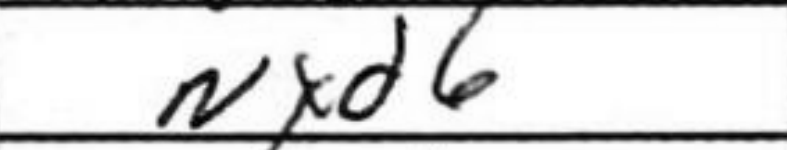
Transcription: Nxd6